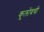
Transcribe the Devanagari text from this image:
कूलोंबची